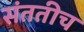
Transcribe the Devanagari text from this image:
संततीच